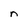
Character: n